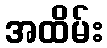
အထိမ်း